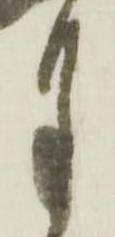
月